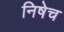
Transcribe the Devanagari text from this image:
निषेच